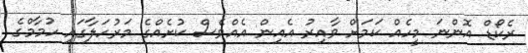
ރެކޯޑް އޮންނަ މީހެއް ކަމަށް ވާއިރު އެއިން އެއްވެސް ކުށެއްގެ މަރުހަލާގައި ހުމާމްގެ